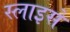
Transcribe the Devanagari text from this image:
स्लाइसें